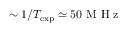
\sim 1 / T _ { \mathrm { e x p } } \simeq 5 0 \textrm { M H z }